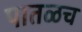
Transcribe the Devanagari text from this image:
पातळच